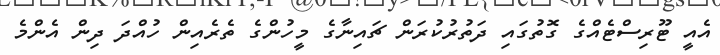
އެއީ ޓޫރިސްޓެއްގެ ގޮތުގައި ދަތުރުކުރަން ޗައިނާގެ މީހުންގެ ތެރެއިން ހުއްދަ ދިން އެންމެ